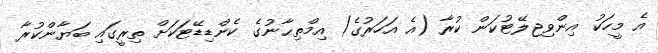
އެ މީހަކު އިންވިޖިލޭޓުކަން ކުރާ (އެ އަހަރުގެ) އިމްތިޙާނުގެ ކެންޑިޑޭޓަކަށް ތިރީގައި ބަޔާންކުރާ